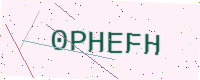
Text: 0PHEFH